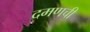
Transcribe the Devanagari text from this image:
दमणची